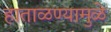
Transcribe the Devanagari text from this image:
हाताळण्यामुळे